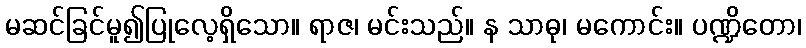
မဆင်ခြင်မူ၍ပြုလေ့ရှိသော။ ရာဇ၊ မင်းသည်။ န သာဓု၊ မကောင်း။ ပဏ္ဍိတော၊